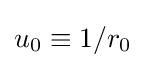
u_{0}\equiv 1/r_{0}